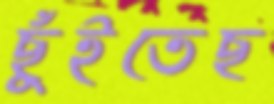
ছুঁইতেছ